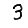
Digit: 3